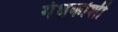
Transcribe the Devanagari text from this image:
गंधकोशी